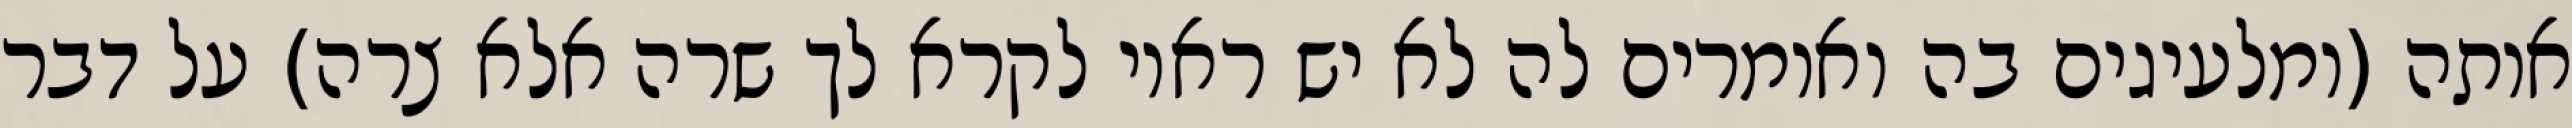
אותה (ומלעיגים בה ואומרים לה לא יש ראוי לקרא לך שרה אלא צרה) על דבר